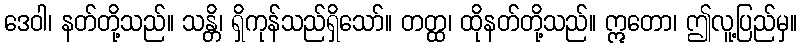
ဒေဝါ၊ နတ်တို့သည်။ သန္တိ၊ ရှိကုန်သည်ရှိသော်။ တတ္ထ၊ ထိုနတ်တို့သည်။ ဣတော၊ ဤလူ့ပြည်မှ။